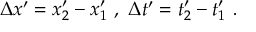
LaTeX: \Delta x ^ { \prime } = x _ { 2 } ^ { \prime } - x _ { 1 } ^ { \prime } \ , \ \Delta t ^ { \prime } = t _ { 2 } ^ { \prime } - t _ { 1 } ^ { \prime } \ .